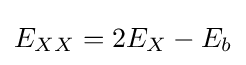
E_{XX}=2E_{X}-E_{b}